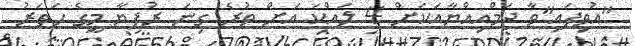
"އުވިފައި"ވާ ޖަމްއިއްޔާއަކަށް 4 ލައްކަ އަށް ވުރެ ގިނަ ރުފިޔާ މީގެ ހަތަރު